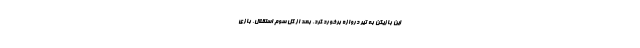
این بازیکن به تیر دروازه برخورد کرد. بعد از گل سوم استقلال، بازی